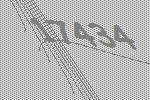
17434